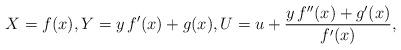
LaTeX: \begin{align*}X=f(x),Y=y\, f^\prime(x) + g(x),U=u+\frac{y\, f^{\prime\prime}(x)+g^\prime(x)}{f^\prime(x)},\end{align*}